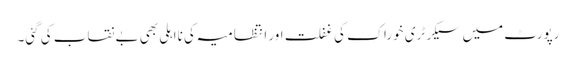
رپورٹ میں سیکرٹری خوراک کی غفلت اور انتظامیہ کی نااہلی بھی بے نقاب کی گئی۔